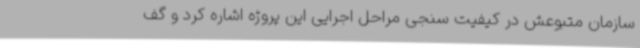
سازمان متبوعش در کیفیت سنجی مراحل اجرایی این پروژه اشاره کرد و گف